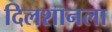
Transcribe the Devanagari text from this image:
दिलशानला